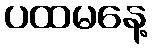
ပထမနေ့